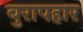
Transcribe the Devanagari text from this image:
बुरापहार